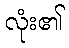
လုံး၏